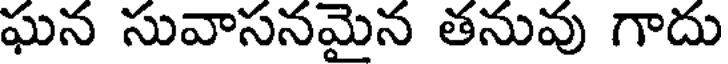
ఘన సువాసనమైన తనువు గాదు